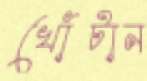
খোঁটান